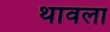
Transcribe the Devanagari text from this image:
थावला